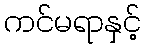
ကင်မရာနှင့်